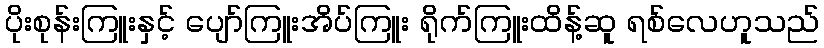
ပိုးစုန်းကြူးနှင့် ပျော်ကြူးအိပ်ကြူး ရိုက်ကြူးထိန့်ဆူ ရစ်လေဟူသည်